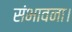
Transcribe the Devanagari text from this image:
संभावना।